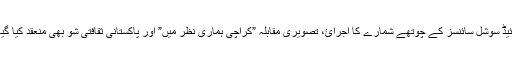
اس موقع پر پاکستان جرنل آف اپلائیڈ سوشل سائنسز کے چوتھے شمارے کا اجرائ، تصویری مقابلہ ”کراچی ہماری نظر میں” اور پاکستانی ثقافتی شو بھی منعقد کیا گیا جس کو حاضرین نے بیحد سراہا۔